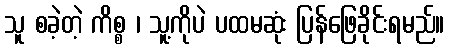
သူ စခဲ့တဲ့ ကိစ္စ ၊ သူ့ကိုပဲ ပထမဆုံး ပြန်ဖြေခိုင်းရမည်။